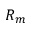
R _ { m }